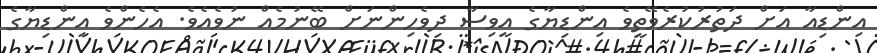
އިންޑިއާ އަށް ދަތުރުކުރެވޭތީވެ އިންޑިޔާގެ އީވިސާ ދިވެހިންނަށް ބޭނުމެއް ނުވެއެވެ. އެހެންވެ އިންޑިޔާގެ